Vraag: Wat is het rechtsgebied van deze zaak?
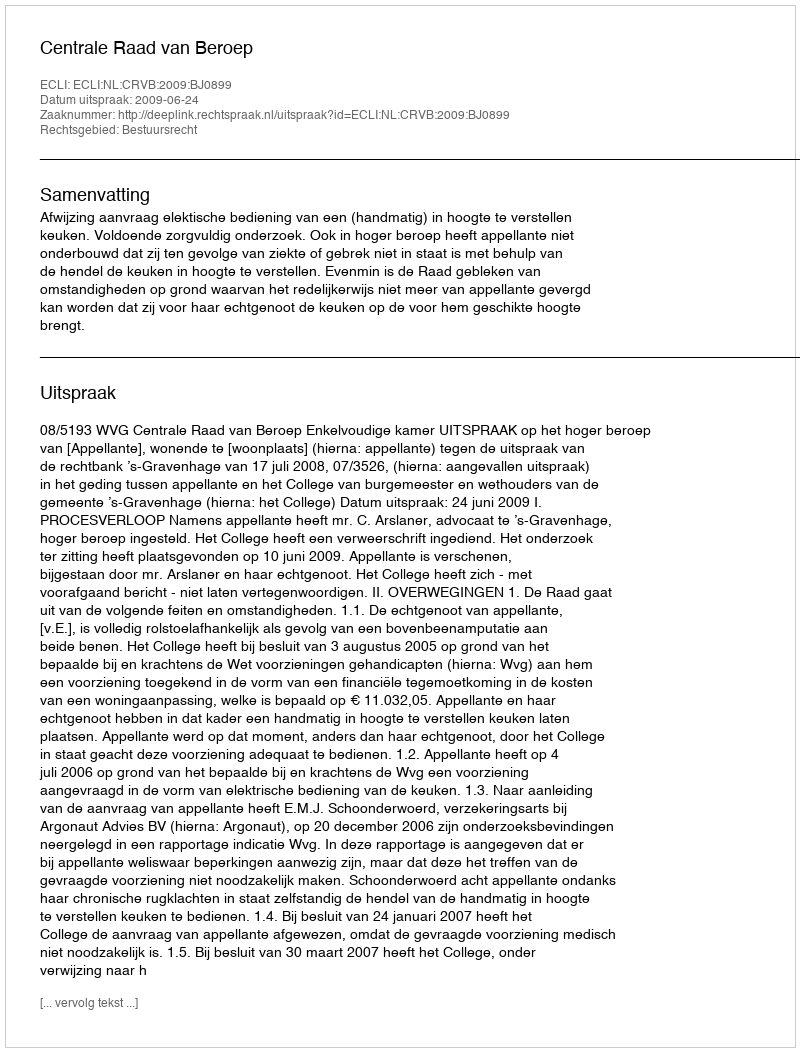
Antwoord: Bestuursrecht